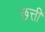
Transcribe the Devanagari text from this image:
छत्ती